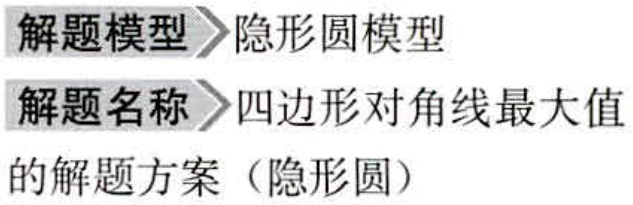
解题模型 \(\rhd\) 隐形圆模型

解题名称 \(\rhd\) 四边形对角线最大值

的解题方案（隐形圆）